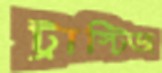
ট্রাস্টিজ